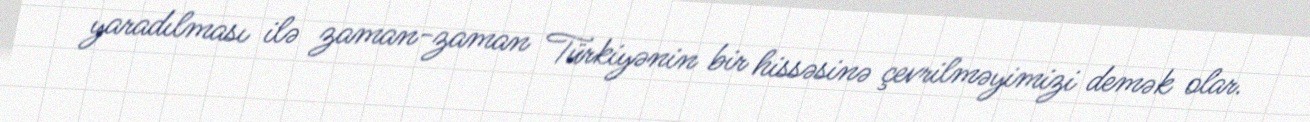
yaradılması ilə zaman-zaman Türkiyənin bir hissəsinə çevrilməyimizi demək olar.